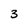
Character: 3